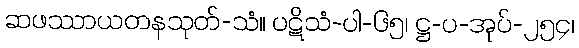
ဆဖဿာယတနသုတ်-သံ။ ပဋိသံ-ပါ-၆၅၊ ဋ္ဌ-ပ-အုပ်-၂၅၄၊